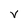
Character: V